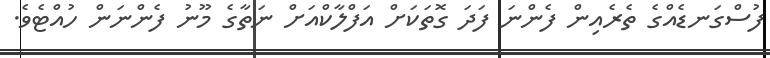
ފުސްގަނޑެއްގެ ތެރެއިން ފެންނަ ފަދަ ގޮތަކަށް އަފްލާކްއަށް ނަތާގެ މޫނު ފެންނަން ހުއްޓެވެ.